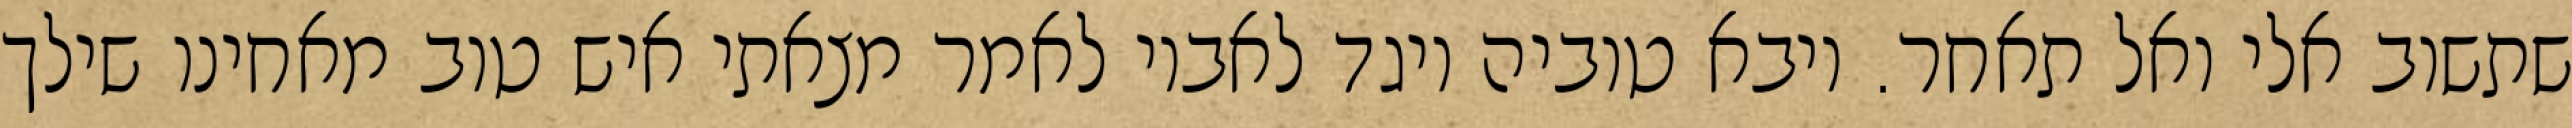
שתשוב אלי ואל תאחר. ויבא טוביה ויגד לאביו לאמר מצאתי איש טוב מאחינו שילך